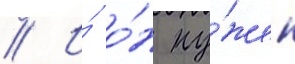
// И́ о́н ну́жен